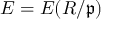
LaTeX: E = E ( R / { \mathfrak { p } } )